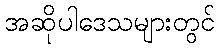
အဆိုပါဒေသများတွင်